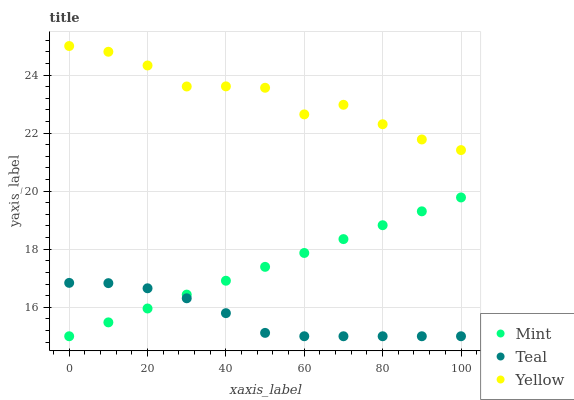
| xaxis_label | Mint | Teal | Yellow |
 | --- | --- | --- | --- |
 | 0 | 15 | 16.8 | 25 |
 | 10 | 15.5 | 16.8 | 24.8 |
 | 20 | 16 | 16.7 | 24.3 |
 | 30 | 16.4 | 16.3 | 23.6 |
 | 40 | 16.9 | 15.8 | 23.6 |
 | 50 | 17.4 | 15.1 | 23.6 |
 | 60 | 17.9 | 15 | 22.6 |
 | 70 | 18.3 | 15 | 23 |
 | 80 | 18.8 | 15 | 22.3 |
 | 90 | 19.3 | 15 | 21.8 |
 | 100 | 19.8 | 15 | 21.4 |